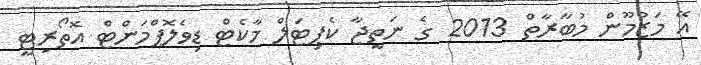
އޭ މަޒުމޫން މުބާރާތް 2013 ގެ ނަތީޖާ ކެޕިޓަލް މާކެޓް ޑިވެލޮޕްމަންޓް އޮތޯރިޓީ